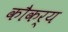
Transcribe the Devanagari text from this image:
कौकर्य